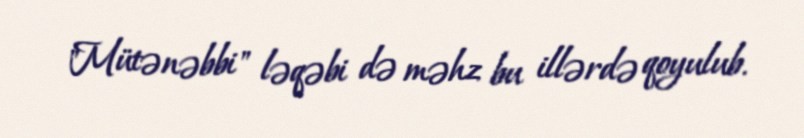
"Mütənəbbi" ləqəbi də məhz bu illərdə qoyulub.